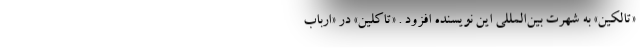
«تالکین» به شهرت بین‌المللی این نویسنده افزود . «تاکلین» در «ارباب